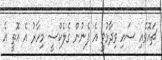
ޗައޮވެއި ސައި ވިދާޅުވީ އެ ފެނުން ގެލެކްސީ މިހާރު އެ އޮތީ އެ